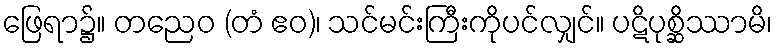
ဖြေရာ၌။ တညေဝ (တံ ဧဝ)၊ သင်မင်းကြီးကိုပင်လျှင်။ ပဋိပုစ္ဆိဿာမိ၊